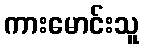
ကားမောင်းသူ